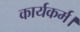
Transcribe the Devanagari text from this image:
कार्यकर्म।